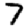
Digit: 7